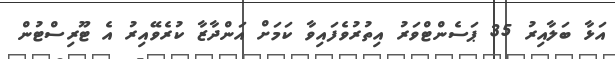
އަޅާ ބަލާއިރު 35 ޕަސެންޓްވަރު އިތުރުވެފައިވާ ކަމަށް އަންދާޒާ ކުރެވޭއިރު އެ ޓޫރިސްޓުން